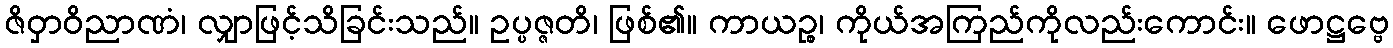
ဇိဝှာဝိညာဏံ၊ လျှာဖြင့်သိခြင်းသည်။ ဥပ္ပဇ္ဇတိ၊ ဖြစ်၏။ ကာယဉ္စ၊ ကိုယ်အကြည်ကိုလည်းကောင်း။ ဖောဋ္ဌဗ္ဗေ